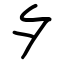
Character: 夕